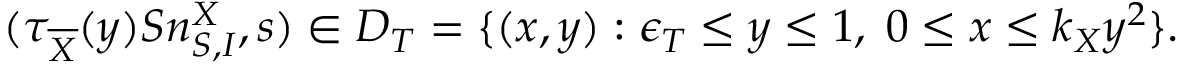
( \tau _ { \overline { { X } } } ( y ) S n _ { S , I } ^ { X } , s ) \in D _ { T } = \{ ( x , y ) : \epsilon _ { T } \leq y \leq 1 , \; 0 \leq x \leq k _ { X } y ^ { 2 } \} .